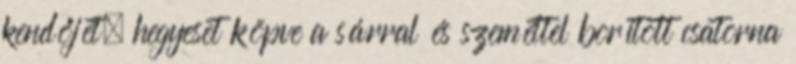
kendőjét, hegyeset köpve a sárral és szeméttel borított csatorna